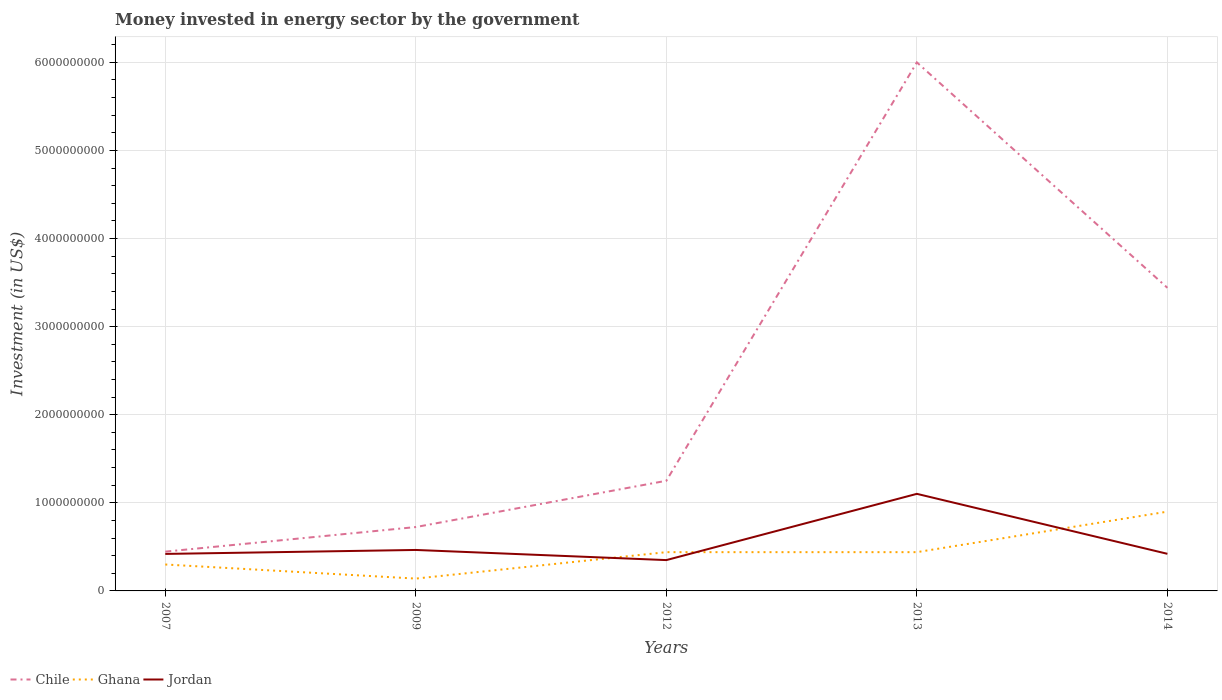
| Years | Chile | Ghana | Jordan |
 | --- | --- | --- | --- |
 | 2007 | 4.46e+08 | 3e+08 | 4.2e+08 |
 | 2009 | 7.25e+08 | 1.4e+08 | 4.65e+08 |
 | 2012 | 1.25e+09 | 4.4e+08 | 3.5e+08 |
 | 2013 | 6e+09 | 4.4e+08 | 1.1e+09 |
 | 2014 | 3.44e+09 | 9e+08 | 4.21e+08 |